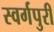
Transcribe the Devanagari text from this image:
स्वर्गपुरी